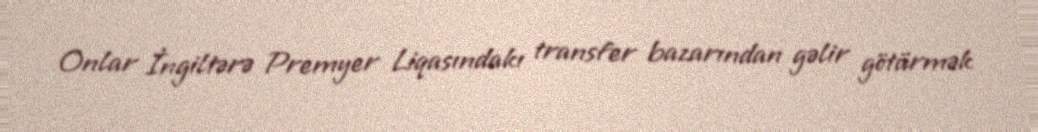
Onlar İngiltərə Premyer Liqasındakı transfer bazarından gəlir götürmək